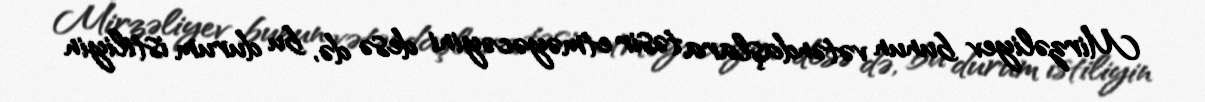
Mirzəliyev bunun vətəndaşlara təsir etməyəcəyini desə də, bu durum istiliyin